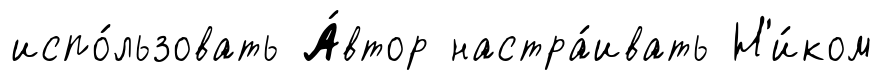
испо́льзовать А́втор настра́ивать Н'и́ком